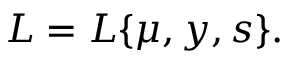
{ \cal L } = { \cal L } \{ \mu , y , s \} .